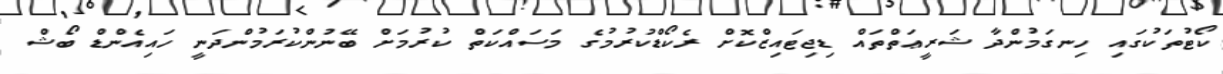
ކޯޓުތަކުގައި ހިނގަމުންދާ ޝަރީޢަތްތައް ޑިޖިޓައިޒްކޮށް ރެކޯޑްކުރުމުގެ މަސައްކަތް ކުރުމަށް ބޭނުންކުރަމުންދަނީ ހައިއެންޑް ބޯޝް